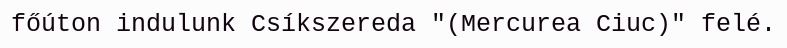
főúton indulunk Csíkszereda "(Mercurea Ciuc)" felé.